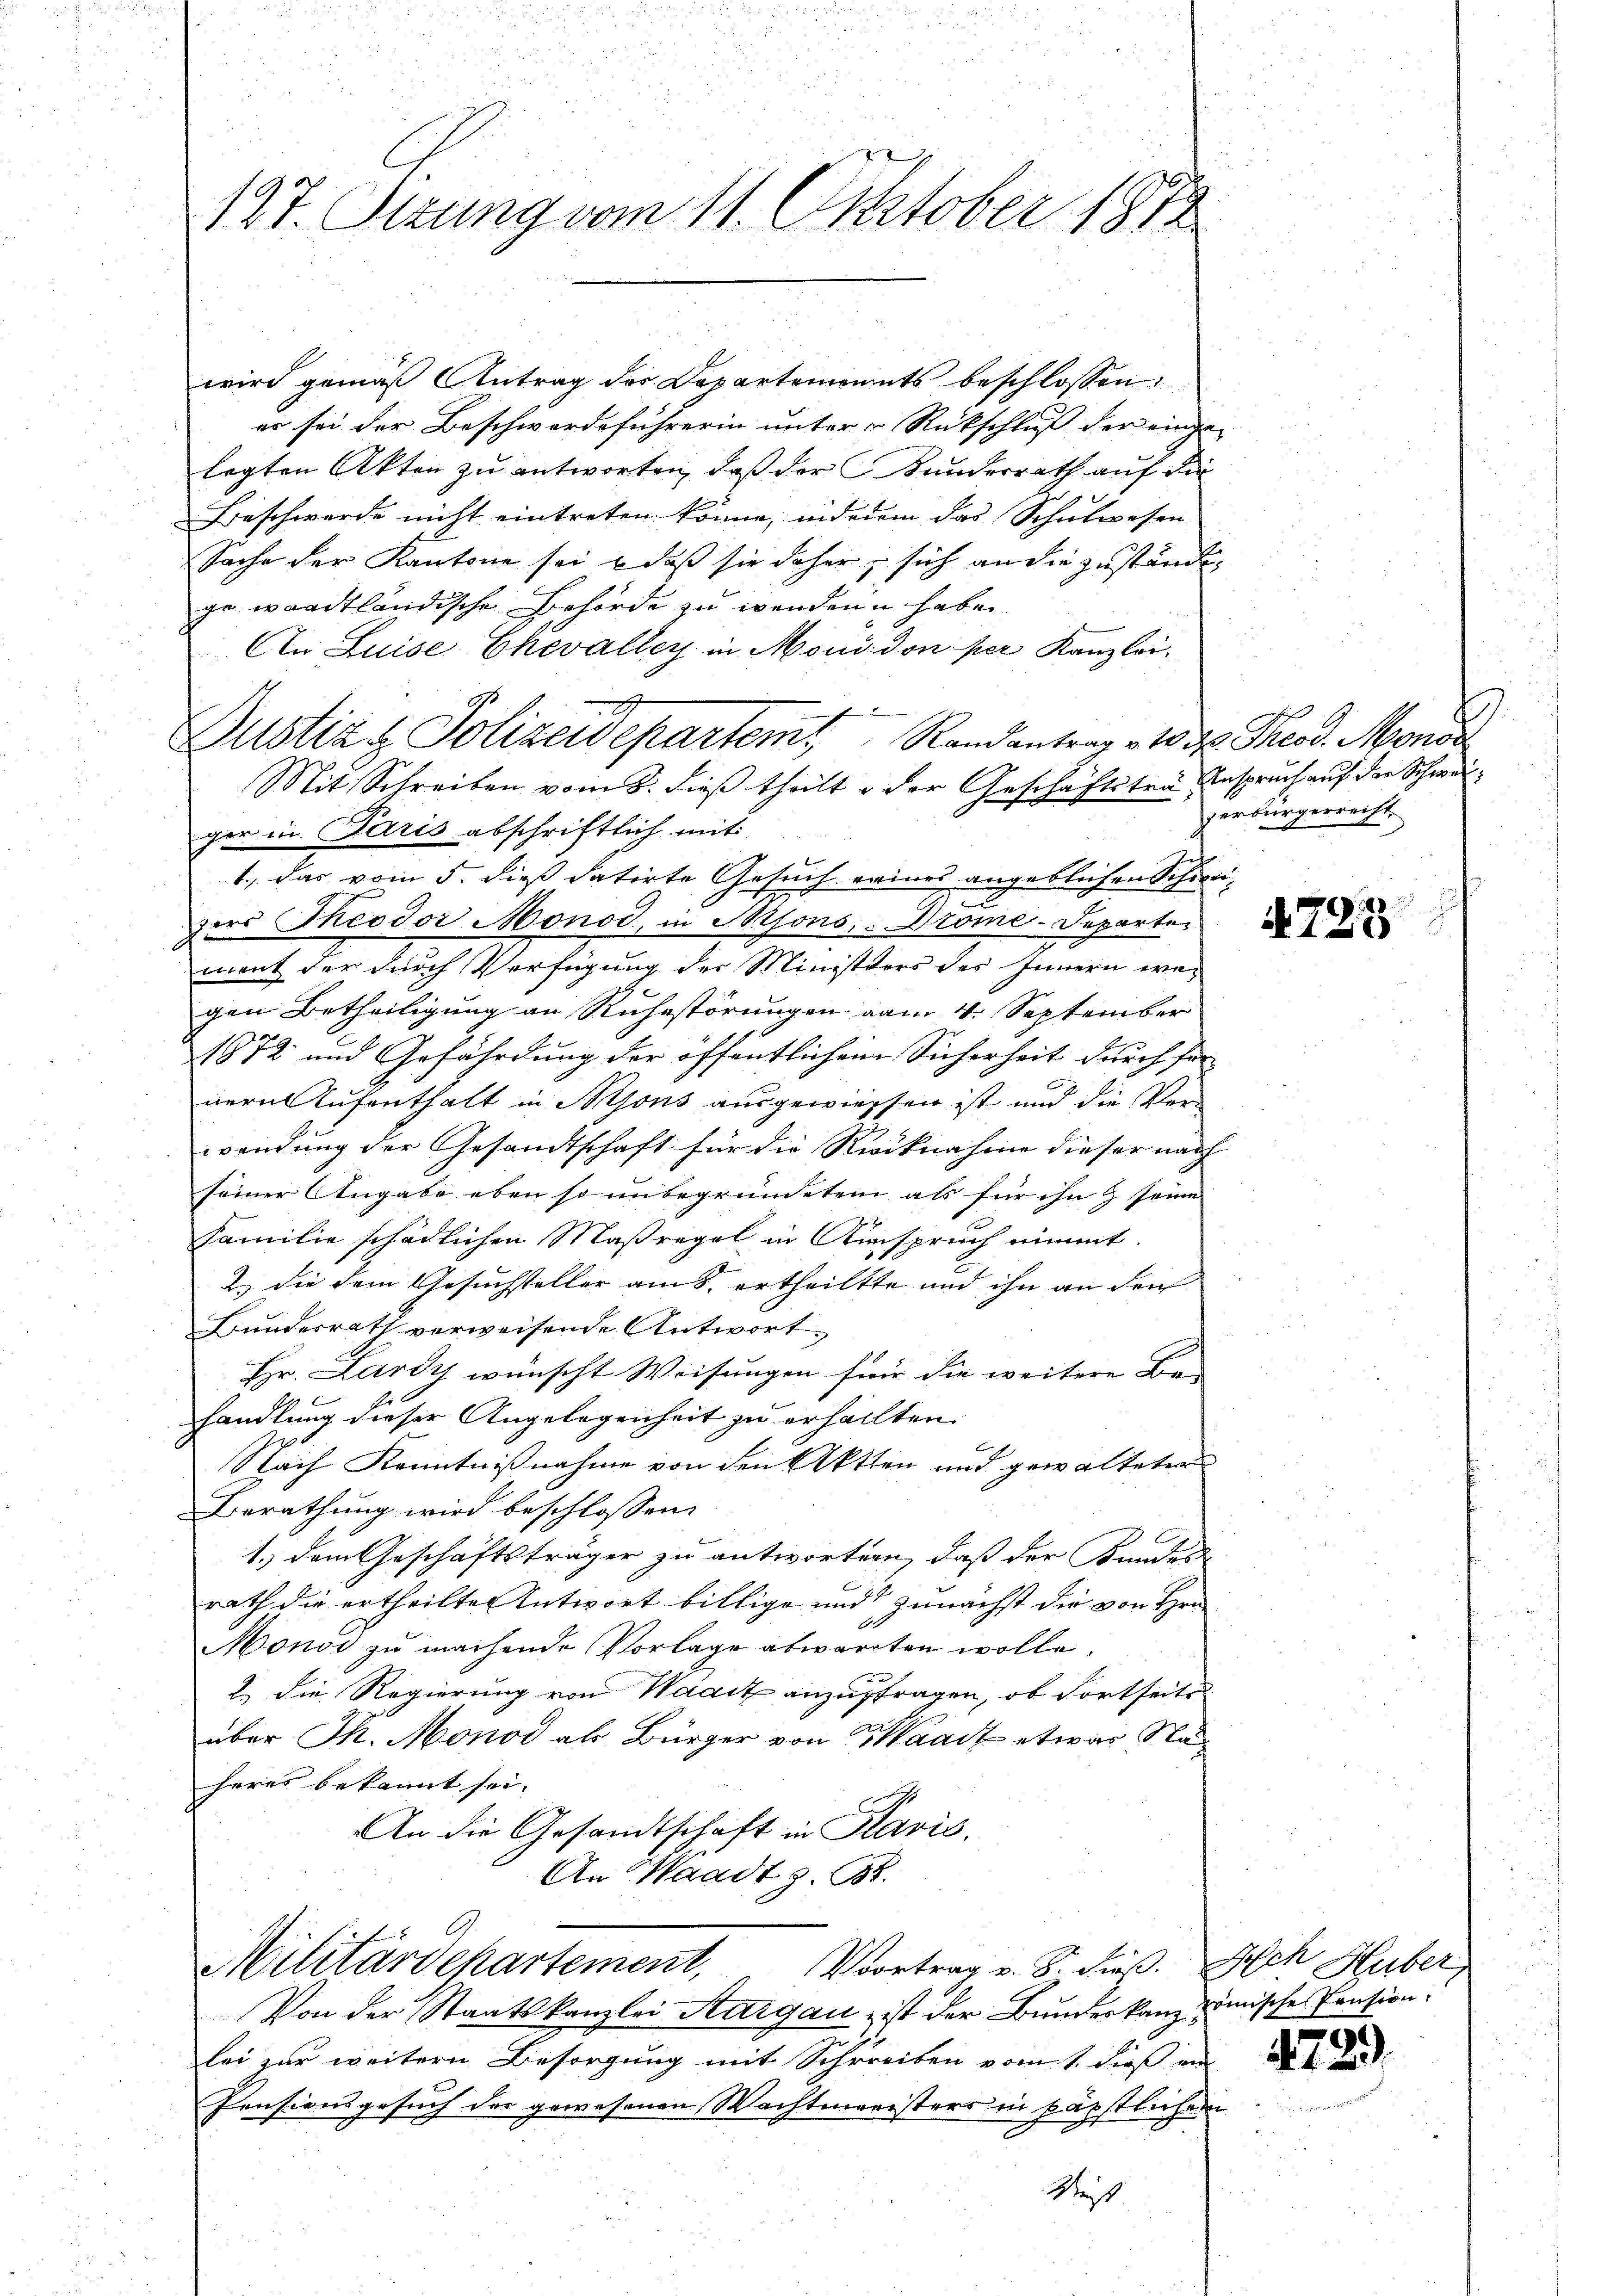
127. Sizung vom 11. Oktober 1812

wird gemäß Antrag der Departements beschlossen
er sei der Beschwerdeführerin unter Rückschluß der einge-
legten Akten zu antworten, daß der Kunderrath auf die
Beschwerde nicht eintreten könne, inderem das Schulwesen
Sache der Kantone sei & daß sie daher sich an die zuständige waadtländische Behörde zu wenden haben.
An Luise Chevalley in Moudon per Kanzlei-
i
Dustiz & Polizeidepartem Randantrag v. 10 M. Theod. Mono
Mit Schreiben vom 8. dieß theilt u der Geschäftstra Anspruch auf die Schweiger in Paris abschriftlich mit
1., das vom 5. dieß datirte Gesuch eines angeblichen Schinizer Theodor Monod, in Misons, Drome-Departen
ment der durch Verfügung der Ministers des Innern wer
gen Betheiligung an Ruhestörungen vom 4. September
1872 und Gefährdung der öffentlichem Sicherheit durch für
nern Aufenthalt in Mons ausgewiessen ist und die Verwendung der Gesandtschaft für die Rücknahme dieser nach
seiner Angabe eben so unbegründeten als für ihn & seine
Familie schädlichen Maßregel in Anspruch nimmt.
2.) die dem Gesuchsteller am 5. ertheiltte und ihn an der
Bundesrath verweisende Antwort
Hr. Lardy wünscht Weisungen für die weitere Be-
handlung dieser Angelegenheit zu erhallten.
Nach Kenntnißnahme von den Aktten und gewalteten
Berathung wird beschlossen:
1.) dem Geschäftsträger zu antwortern, daß der Kundes
rath die ertheilte Antwort billige und zunächst die von Hrn
Monot zu machende Vorlage abwarten wolle.
2.) Die Regierung von Waadt anzufragen, ob Fortseits
über Th. Monod als Bürger von Waadt etwas Na
heres bekannt sei. |
An die Gesandtschaft in Paris.
An Waadt z. B.
Voortrag v. S. dieß. Ach Huber
Militärdepartement,
Von der Staatskanzlei Aargau, ist der Bundeskanz zwische Pension
lei zur weitern Besorgung mit Schreiben vom 1. dieß ein
Pensionsgesuch der gewesenen Wachtmaristers in päpstlichen
Wes

b
zerbürgerreicht

4725

4789